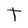
Character: t